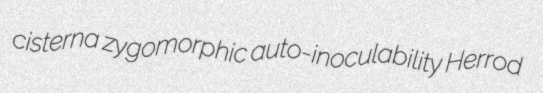
cisterna zygomorphic auto-inoculability Herrod